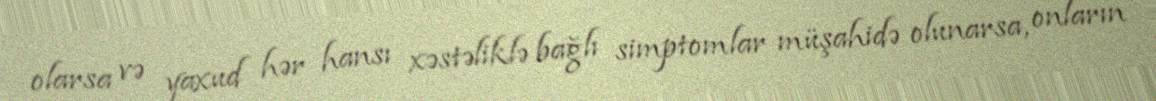
olarsa və yaxud hər hansı xəstəliklə bağlı simptomlar müşahidə olunarsa, onların